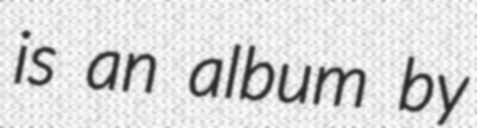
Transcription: is an album by